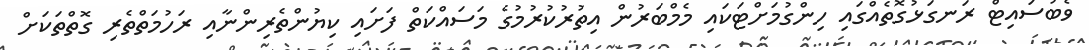
ވެބުސައިޓް ރަނގަޅުގޮތެއްގައި ހިންގުމަށްޓަކައި މެމްބަރުން އިތުރުކުރުމުގެ މަސައްކަތް ފަށައި ކިޔުންތެރިންނާއި ރަހުމަތްތެރި ގޮތްތަކަށް